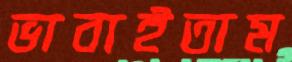
ভাবাইতাম